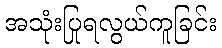
အသုံးပြုရလွယ်ကူခြင်း